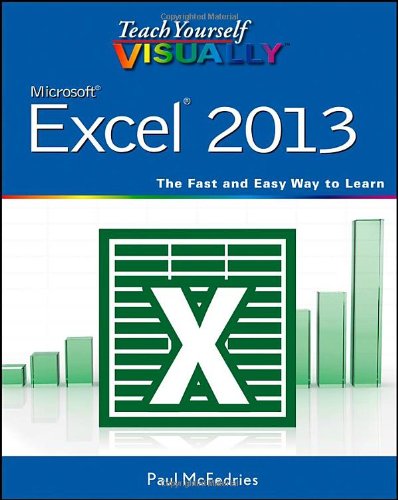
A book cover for Teach Yourself VISUALLY Excel 2013; Paul McFedries; Computers & Technology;